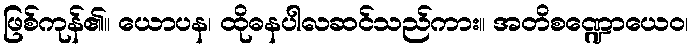
ဖြစ်ကုန်၏။ ယောပန၊ ထိုဓနပါလဆင်သည်ကား။ အတိစဏ္ဍောယေဝ၊